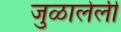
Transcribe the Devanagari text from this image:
जुळालेली